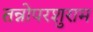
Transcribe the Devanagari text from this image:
तन्नोपरशुराम